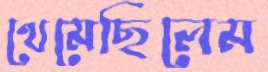
থেমেছিলেম